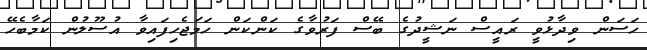
ހަސަން ވިދާޅުވީ ރައީސް ނަޝީދުގެ ބޭސް ފަރުވާގެ ކަންކަން ހަމަޖެހިފައިވާ އުސޫލުން ކަމާބެހޭ